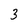
Character: 3